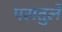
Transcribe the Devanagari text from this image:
पसतुले